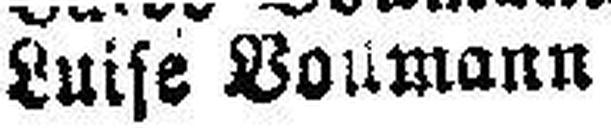
Luise Vouman